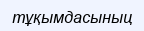
тұқымдасыныц